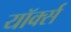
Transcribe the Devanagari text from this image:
यॉर्क्स